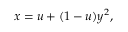
\begin{array} { r } { x = u + ( 1 - u ) y ^ { 2 } , } \end{array}